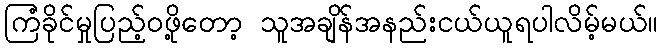
ကြံခိုင်မှုပြည့်ဝဖို့တော့ သူအချိန်အနည်းငယ်ယူရပါလိမ့်မယ်။